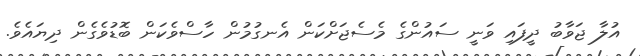
އުލާ ޖަވާބު ދީފައި ވަނީ ސައުންގެ މެސެޖަށްކަން އެނގުމުން ހާސްވެކަން ބޮޑުވެގެން ދިޔައެވެ.